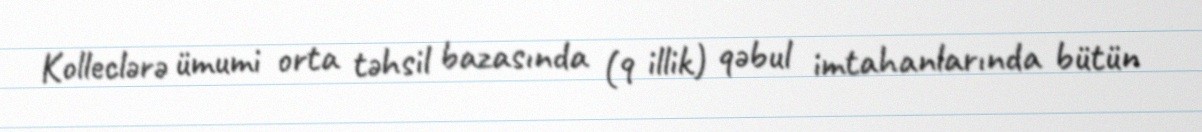
Kolleclərə ümumi orta təhsil bazasında (9 illik) qəbul imtahanlarında bütün